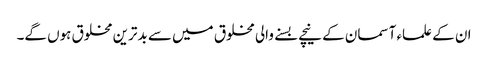
ان کے علماء آسمان کے نیچے بسنے والی مخلوق میں سے بدترین مخلوق ہوں گے۔